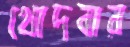
খোদবার